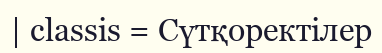
| classis = Сүтқоректілер